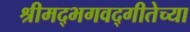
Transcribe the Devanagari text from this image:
श्रीमद्‌भगवद्‌गीतेच्या